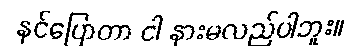
နင်ပြောတာ ငါ နားမလည်ပါဘူး။